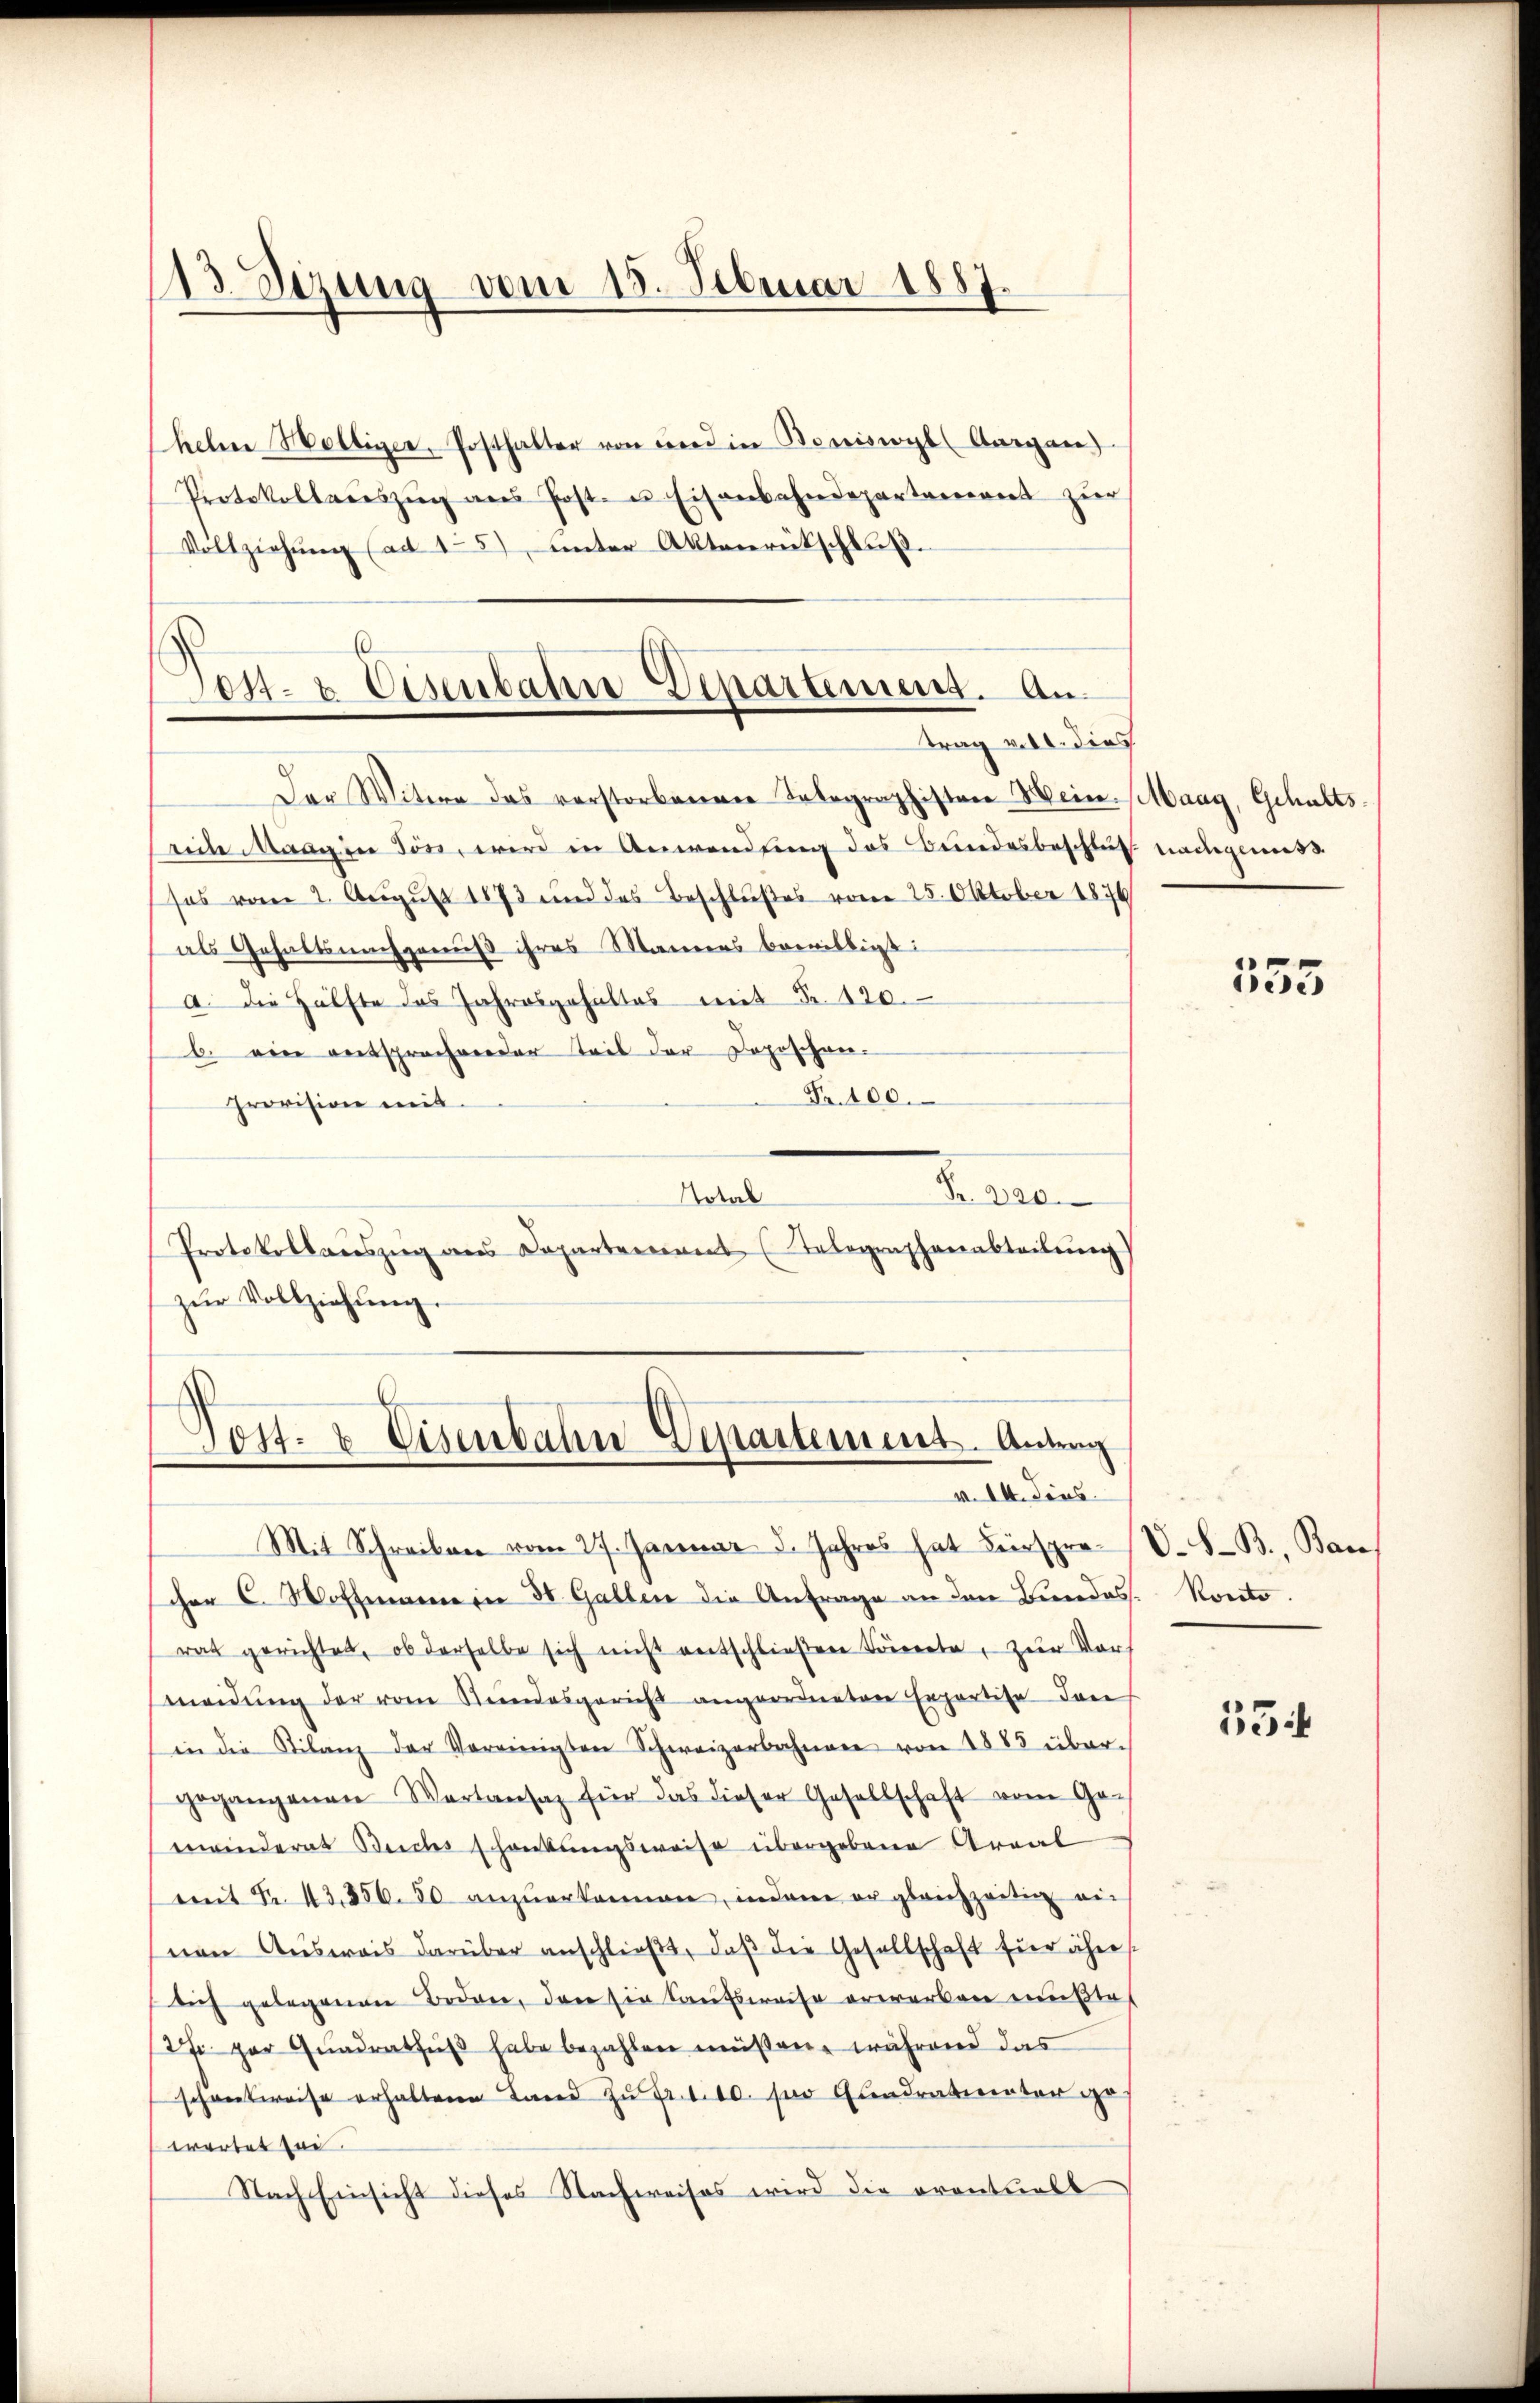
113 Sezung vom 15. Februar 1887.

helm Wolliger-Posthalter von wird in Beniswyl (Aargau)
Protokollaŭszŭg ans Post- u. Eisenbahndepartariant zur
Vollziehung (ad 15) unter Aktenrückschluß.
Der Witwe des verstorbenen Telegraphistor Wein. (Maag, Gehalts
reite Maag in Ton, wird in Anwendung des Bundesbeschlus
sos vom 2. August 1873 und das Beschlußes vom 25. Oktober 1876
als Gehaltsnachgenuß ihres Mannens bewilligt:
a. Die Hälfte das Jahresgehaltes mit Fr. 120.
b. ein entsprochender Teil der Doposchen.
Fr. 100.
provision mit.
Total
Nr. 220
Protokollauszug aus Departeniret (Telegraphenabteilŭng
zŭr Vollziehung.
Post- & Eisenbahn Departement. Antrag

Jost- & Eisenbahne Departemens. Antrag voll. dies

v. II. dies

Mit Schreiben vom 27. Januar 5. Jahres hat Fürspra-V.S.B., Base
scher C. Woffame in 30. Gallen die Antrage an den Bundes. Roeto.
rat gerichtet, ob derselbe sich nicht entschließen könnte, zur Vors
meidŭng der vom Stundesgericht angeordneten Erpartise den
in die Filanz der Vereinigten Schweizerbahnen von 1885 über-
gegangenen Wartansaz für das dieser Gesellschaft vom Ge-
enwinderes Beichs schankungsweise übergebene Areal
mit Fr. 43, 856. 80 anzŭerkennen, indem er gleichzeitig ei
nen Aŭsweis darüber anschlieβt, daβ die Gesellschaft für ähn
sich gelegenen Boden, den sie kaufsweise erwerken mußte.
3 per Quadratfuß habe bezahlen müßen, während das
schonetweise erhaltene Land zŭ fr. 100. für Eindratmeter ge
wortet sei.
Nach Einsicht dieses Nachweises wird die orantualt

nachgenuss.

555

55